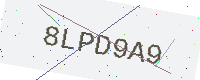
Text: 8LPD9A9